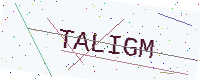
Text: TALIGM